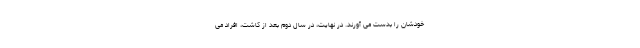
خودشان را بدست می آورند. در نهایت، در سال دوم بعد از کاشت، افراد می